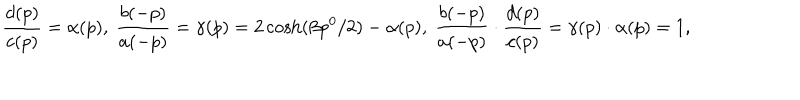
\frac { d ( p ) } { c ( p ) } = \alpha ( p ) , \ \frac { b ( - p ) } { a ( - p ) } = \gamma ( p ) = 2 \cosh ( \beta p ^ { 0 } / 2 ) - \alpha ( p ) , \ \frac { b ( - p ) } { a ( - p ) } \cdot \frac { d ( p ) } { c ( p ) } = \gamma ( p ) \cdot \alpha ( p ) = 1 ,